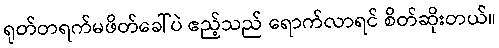
ရုတ်တရက်မဖိတ်ခေါ်ပဲ ဧည့်သည် ရောက်လာရင် စိတ်ဆိုးတယ်။